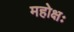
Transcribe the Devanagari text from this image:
महोक्षः